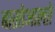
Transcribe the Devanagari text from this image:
बासोआल्तो